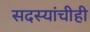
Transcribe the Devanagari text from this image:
सदस्यांचीही